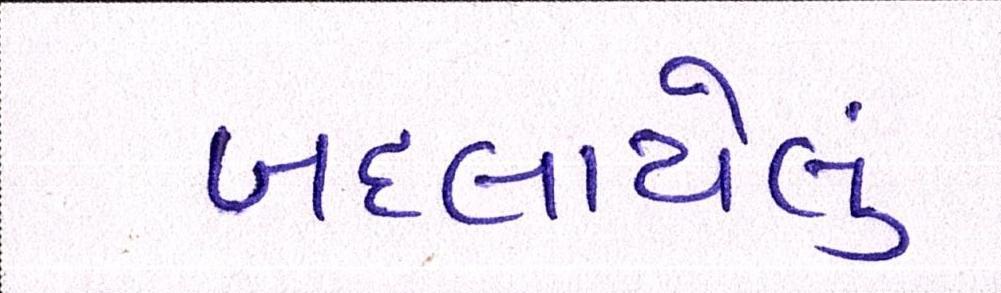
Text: બદલાયેલું